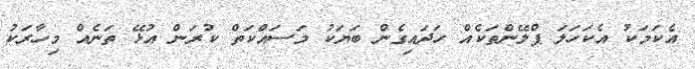
އެކަމަކު އެކަހަލަ ޕްލޭންތަކެއް ހަދައިގެން ބަޔަކު މަސައްކަތް ކުރަން އުޅޭ ތަނެއް މިހާރަކު